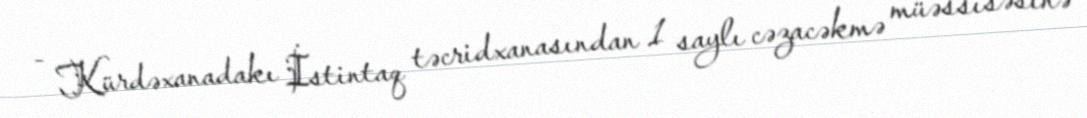
- Kürdəxanadakı İstintaq təcridxanasından 1 saylı cəzacəkmə müəssisəsinə